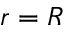
r = R